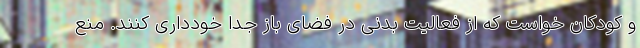
و کودکان خواست که از فعالیت بدنی در فضای باز جدا خودداری کنند. منع